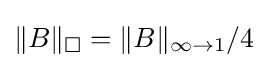
\|B\|_{\square }=\|B\|_{\infty \to 1}/4